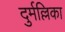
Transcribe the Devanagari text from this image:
दुर्मल्लिका